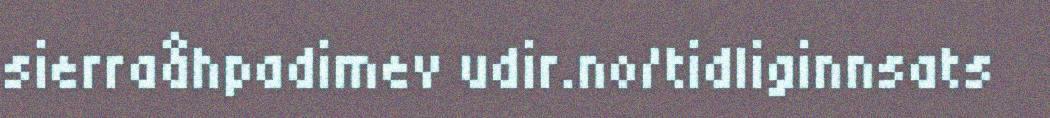
sierraåhpadimev udir.no/tidliginnsats